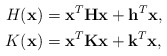
\begin{align*}H(\mathbf{x}) &= \mathbf{x}^T\mathbf{H}\mathbf{x} + \mathbf{h}^T\mathbf{x}, \\K(\mathbf{x}) &= \mathbf{x}^T\mathbf{K}\mathbf{x} + \mathbf{k}^T\mathbf{x} ,\end{align*}